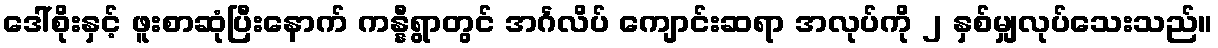
ဒေါ်စိုးနှင့် ဖူးစာဆုံပြီးနောက် ကန္နီရွာတွင် အင်္ဂလိပ် ကျောင်းဆရာ အလုပ်ကို ၂ နှစ်မျှလုပ်သေးသည်။